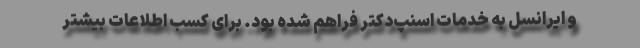
و ایرانسل به خدمات اسنپ‌دکتر فراهم شده بود. برای کسب اطلاعات بیشتر